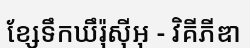
ខ្សែទឹកឃឹរ៉ុស៊ីអុ - វិគីភីឌា